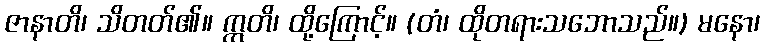
ဇာနာတိ၊ သိတတ်၏။ ဣတိ၊ ထို့ကြောင့်။ (တံ၊ ထိုတရားသဘောသည်။) မနော၊